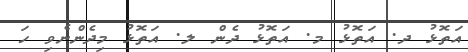
އަތޮޅު ދ. އަތޮޅު މ. އަތޮޅު ދެން ލ. އަތޮޅު މިދެންނެވި ހަ